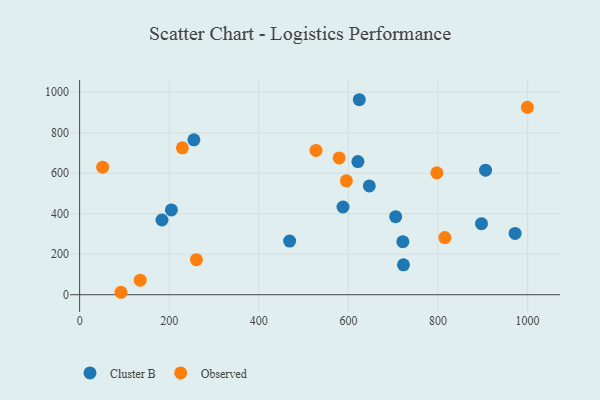
{"axis": {"x": "Investment", "y": "Demand"}, "legend": ["Cluster B", "Observed"], "data": [{"x": "722.9", "y": 147.9, "type": "Cluster B"}, {"x": "972.1", "y": 302.8, "type": "Cluster B"}, {"x": "646.6", "y": 537.2, "type": "Cluster B"}, {"x": "204.8", "y": 418.8, "type": "Cluster B"}, {"x": "621.2", "y": 657.6, "type": "Cluster B"}, {"x": "468.8", "y": 264.9, "type": "Cluster B"}, {"x": "624.3", "y": 963.2, "type": "Cluster B"}, {"x": "255.0", "y": 764.9, "type": "Cluster B"}, {"x": "183.8", "y": 369.0, "type": "Cluster B"}, {"x": "705.5", "y": 385.7, "type": "Cluster B"}, {"x": "721.5", "y": 261.8, "type": "Cluster B"}, {"x": "906.1", "y": 615.3, "type": "Cluster B"}, {"x": "897.1", "y": 351.1, "type": "Cluster B"}, {"x": "587.9", "y": 433.2, "type": "Cluster B"}, {"x": "999.5", "y": 925.9, "type": "Observed"}, {"x": "527.6", "y": 712.7, "type": "Observed"}, {"x": "815.3", "y": 282.4, "type": "Observed"}, {"x": "260.7", "y": 173.0, "type": "Observed"}, {"x": "595.4", "y": 562.4, "type": "Observed"}, {"x": "135.2", "y": 71.9, "type": "Observed"}, {"x": "229.3", "y": 725.8, "type": "Observed"}, {"x": "797.4", "y": 601.9, "type": "Observed"}, {"x": "92.3", "y": 12.1, "type": "Observed"}, {"x": "51.3", "y": 630.2, "type": "Observed"}, {"x": "579.3", "y": 675.8, "type": "Observed"}]}